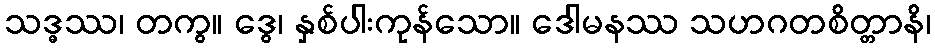
သဒ္ဓဿ၊ တကွ။ ဒွေ၊ နှစ်ပါးကုန်သော။ ဒေါမနဿ သဟဂတစိတ္တာနိ၊